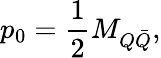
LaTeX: p_{0}=\frac{1}{2}M_{Q\bar{Q}},